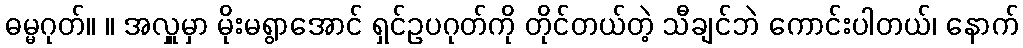
ဓမ္မဂုတ်။ ။ အလှူမှာ မိုးမရွာအောင် ရှင်ဥပဂုတ်ကို တိုင်တယ်တဲ့ သီချင်ဘဲ ကောင်းပါတယ်၊ နောက်